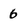
Character: 6